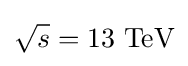
{\sqrt {s}}=13~{\text{TeV}}